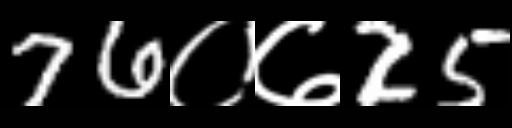
Text: 76०७25